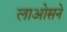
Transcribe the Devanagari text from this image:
लाओसने